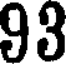
93